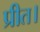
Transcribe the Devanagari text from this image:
प्रीत।